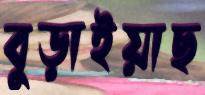
বুড়াইয়াছ